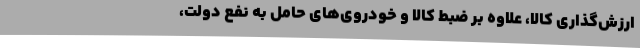
ارزش‌گذاری کالا، علاوه بر ضبط کالا و خودروی‌های حامل به نفع دولت،